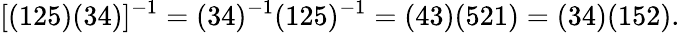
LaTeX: [(125)(34)]^{-1}=(34)^{-1}(125)^{-1}=(43)(521)=(34)(152).